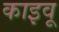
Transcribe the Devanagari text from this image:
काइवू